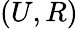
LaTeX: (U,R)